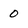
Character: 0